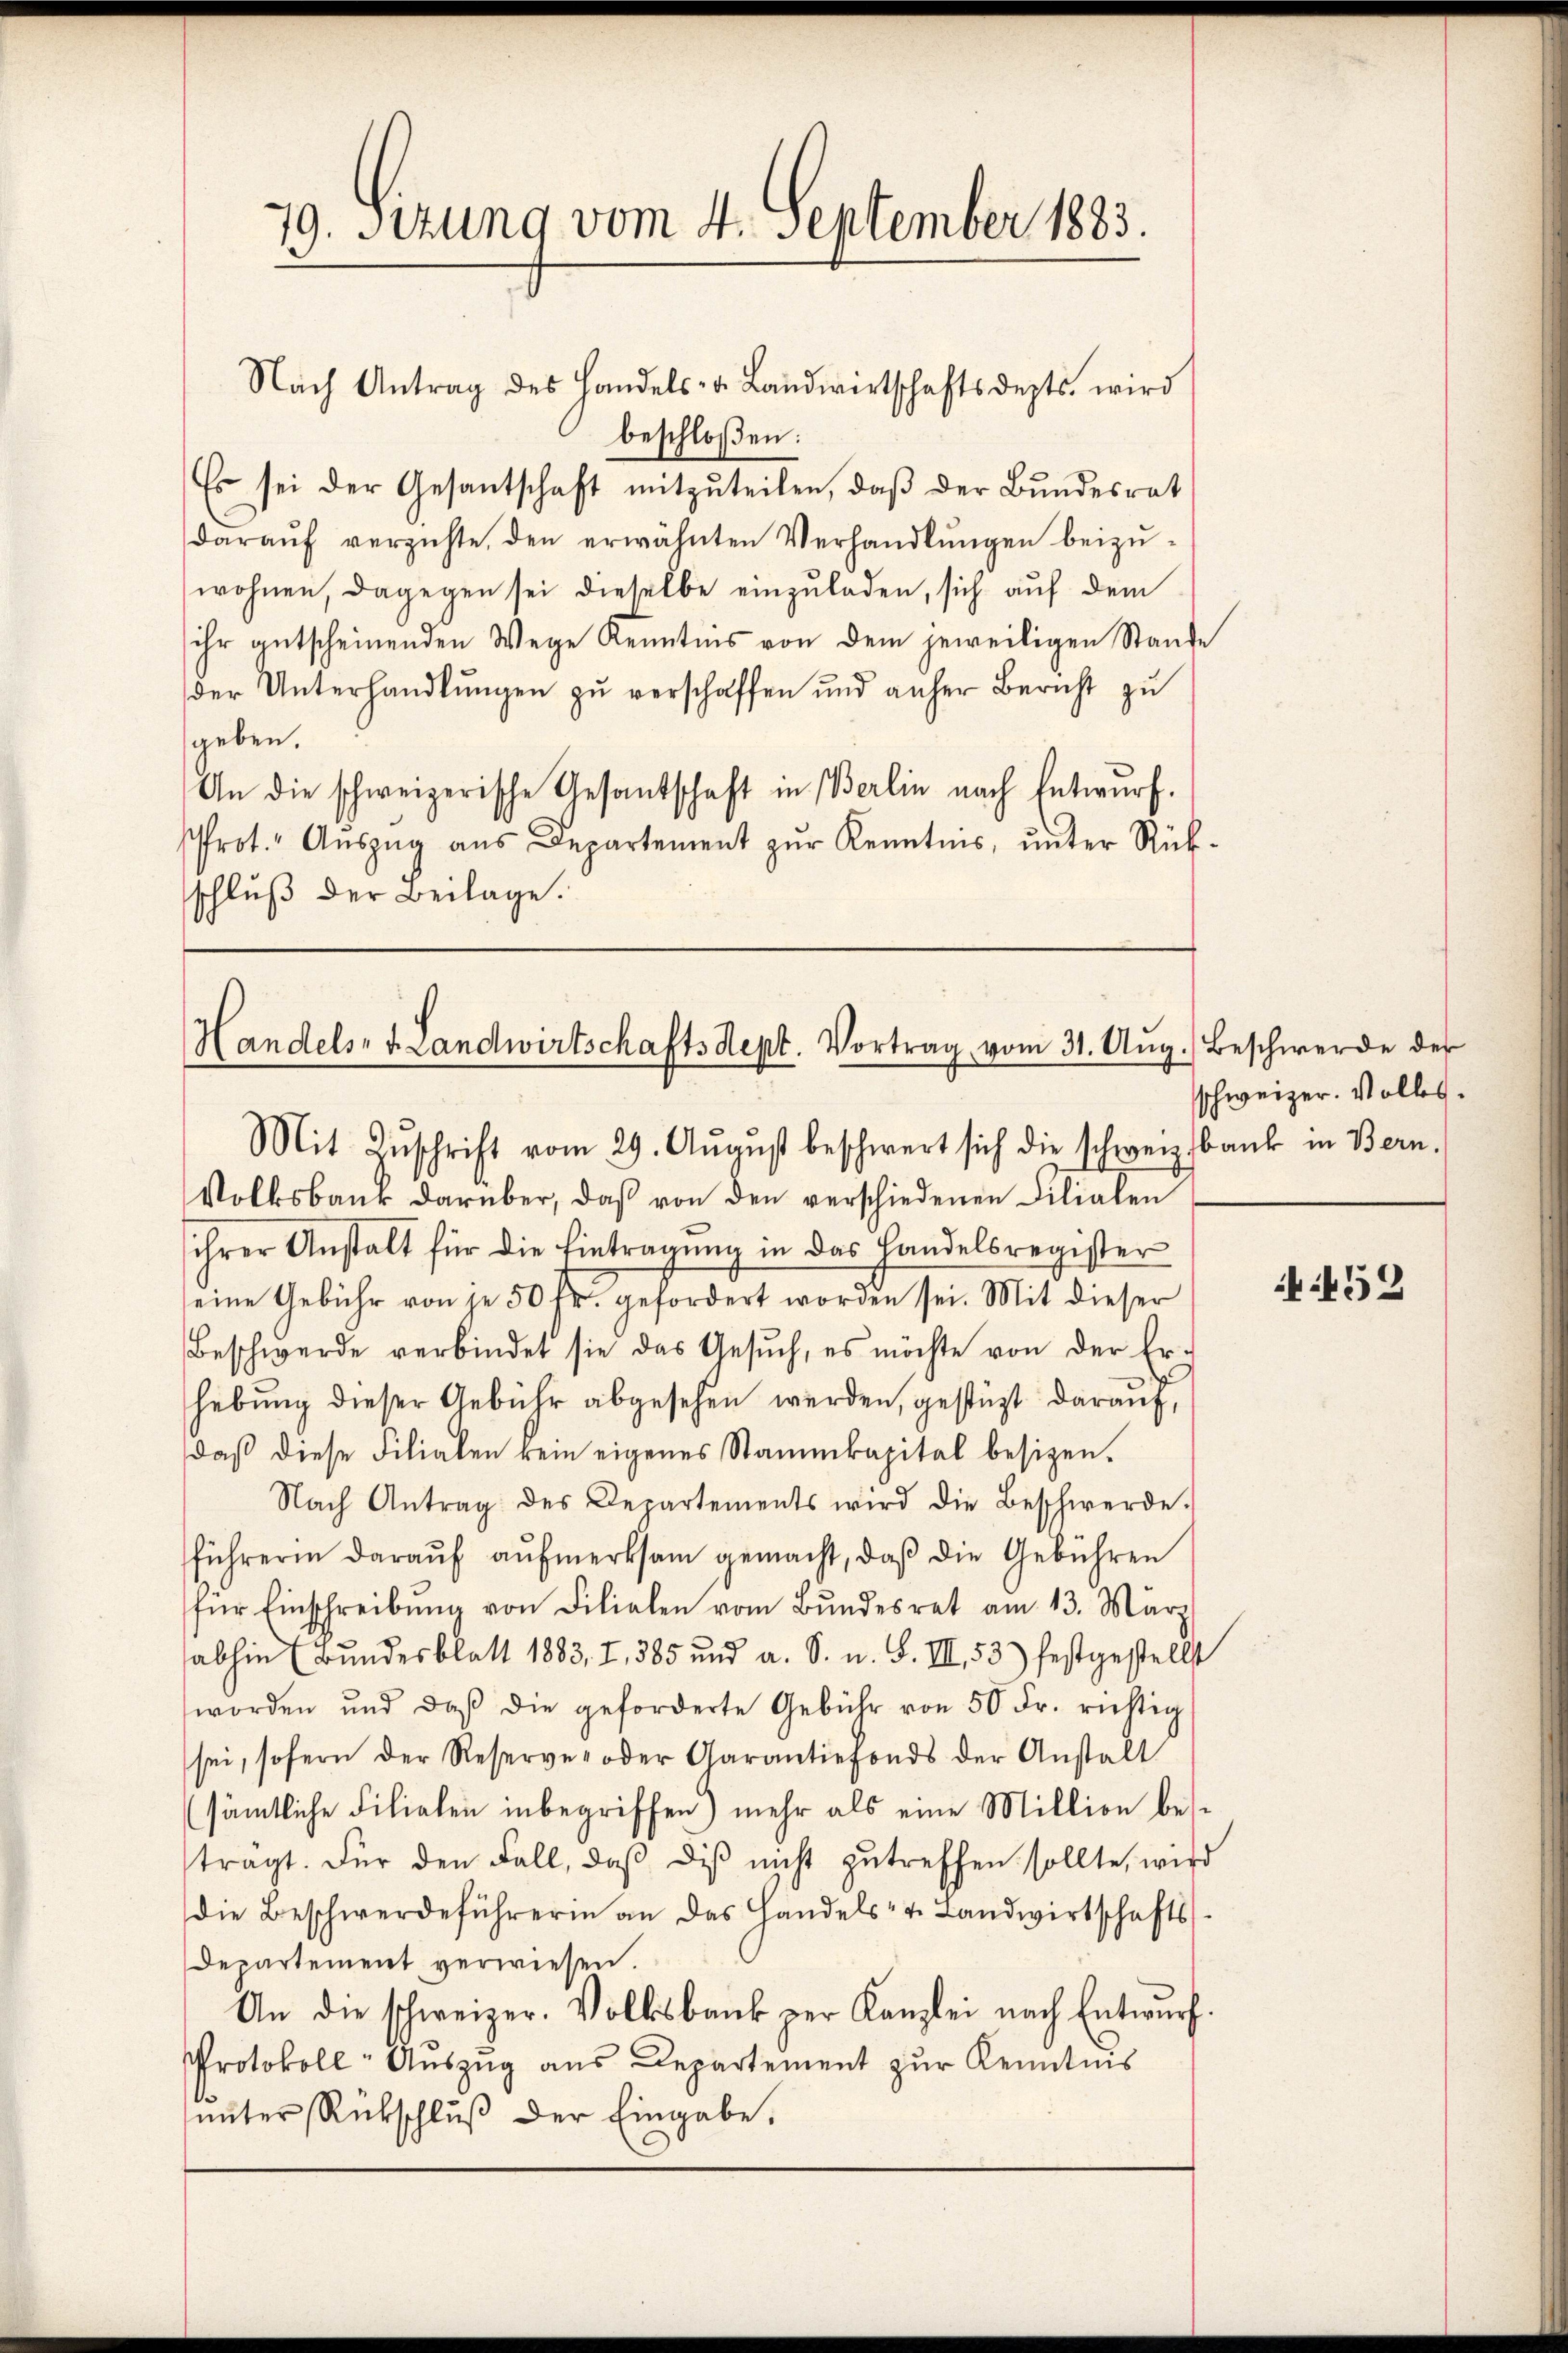
79. Sitzung vom 4. September 1883.

Nach Antrag des Handels- u. Landwirtschaftsdepts, wird
beschloßen:
Es sei der Gesantschaft mitzŭteilen, daβ der Bundesrat
daraŭf verzichte, den erwähnten Verhandlŭngen beizŭ-
wohnen, dagegen sei dieselbe einzŭladen, sich aŭf dem
ihr gutscheinenden Wege Kenntnis von dem jeweiligen Stande
der Unterhandlungen zu verschaffen und anher Bericht zu
geben.
An die schweizerische Gesantschaft in Berlin nach Entwurf.
rot." Aŭszŭg aŭs Departement zŭr Kenntnis, ŭnter Rück-
schluß der Beilage.

Handels- u. Landwirtschafts Sept. Vortrag vom 31. Aŭg.) Beschwerde der
Mit Zŭschrift vom 29. Aŭgŭst beschwert sich die schweiz. Bank in Bern.

Volksbank darüber, daβ von den verschiedenen Filialen
ihrer Anstalt für die Eintragŭng in das Handelsregister
seine Gebühr von je 50 fr. gefordert worden sei. Mit dieser
Beschwerde verbindet sie das Gesŭch, es möchte von der Er-
hebung dieser Gebühr abgesehen werden, gestützt darauf,
daβ diese Filialen kein eigenes Stammkapital besizen.
Nach Antrag des Departements wird die Beschwerde.
führerin daraŭf aŭfmerksam gemacht, daß die Gebühren
für Einschreibŭng von Filialen vom Bŭndesrat am 13. März
abhin (Bundesblatt 1883, I, 385 und a. S. u. S. III 53) festgestellt
worden und daβ die geforderte Gebühr von 50 Fr. richtig
sei, sofern der Reserver oder Garantiefonds der Anstalt
sämtliche Filialen inbegriffen) mehr als eine Million bei-
trägt. Für den Fall, daβ diβ nicht zutreffen sollte, wird
die Beschwerdeführerin an das Handels- u. Landwirtschafts-
Departement verwiesen.
An die schweizer. Volksbank per Kanzlei nach Entwŭrf.
Protokoll-Auszug aus Departement zŭr Kenntnis
ŭnter Rückschlŭβ der Eingabe.

schweizer. Volles.

452